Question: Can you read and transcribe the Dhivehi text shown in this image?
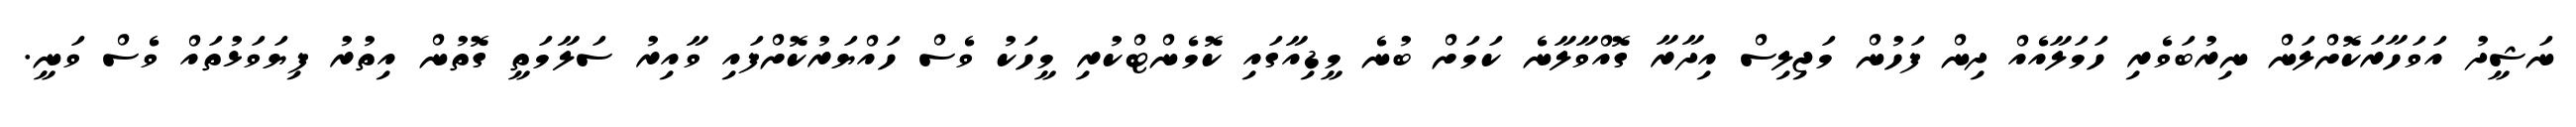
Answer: ނަޝީދު އަވަހާރަކޮށްލަން ނިރުބަވެރި ހަމަލާއެއް ދިން ފަހުން މަޖިލިސް އިދާރާ ގޮއްވާލާނެ ކަމަށް ބުނެ މީޑިއާގައި ކޮމެންޓްކުރި މީހަކު ވެސް ހައްޔަރުކޮށްފައި ވާއިރު ސަލާމަތީ ގޮތުން އިތުރު ފިޔަވަޅުތައް ވެސް ވަނީ.